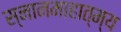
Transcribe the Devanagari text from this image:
स्नानमाहात्म्य